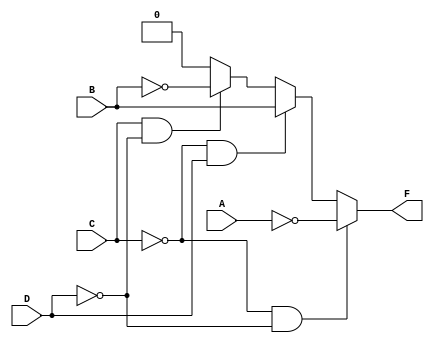
module q3b (
    output wire F,
    input wire A, B, C, D
);

    always @(*) begin
        if(C == 0 && D == 0)
            #10 F = ~A;
        else if(C == 0 && D == 1)
            #10 F = B;
        else if(C == 1 && D == 0)
            #10 F = ~B;
        else
            #10 F = 0;
    end
    
endmodule